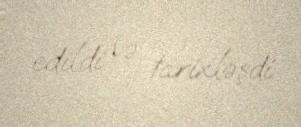
edildi və tarixləşdi.